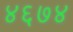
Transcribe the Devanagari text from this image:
४६७४